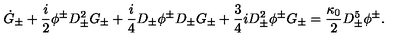
\dot { G } _ { \pm } + \frac { i } { 2 } \phi ^ { \pm } D _ { \pm } ^ { 2 } G _ { \pm } + \frac { i } { 4 } D _ { \pm } \phi ^ { \pm } D _ { \pm } G _ { \pm } + \frac { 3 } { 4 } i D _ { \pm } ^ { 2 } \phi ^ { \pm } G _ { \pm } = \frac { \kappa _ { 0 } } { 2 } D _ { \pm } ^ { 5 } \phi ^ { \pm } .